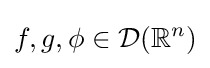
f,g,\phi \in {\mathcal {D}}(\mathbb {R} ^{n})